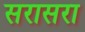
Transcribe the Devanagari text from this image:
सरासरा